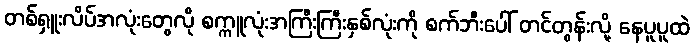
တစ်ရှူးလိပ်အလုံးတွေလို စက္ကူလုံးအကြီးကြီးနှစ်လုံးကို စက်ဘီးပေါ် တင်တွန်းလို့ နေပူပူထဲ